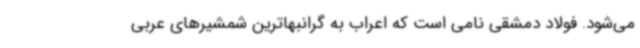
می‌شود. فولاد دمشقی نامی است که اعراب به گرانبهاترین شمشیرهای عربی